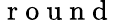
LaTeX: \mathrm{~r~o~u~n~d~}